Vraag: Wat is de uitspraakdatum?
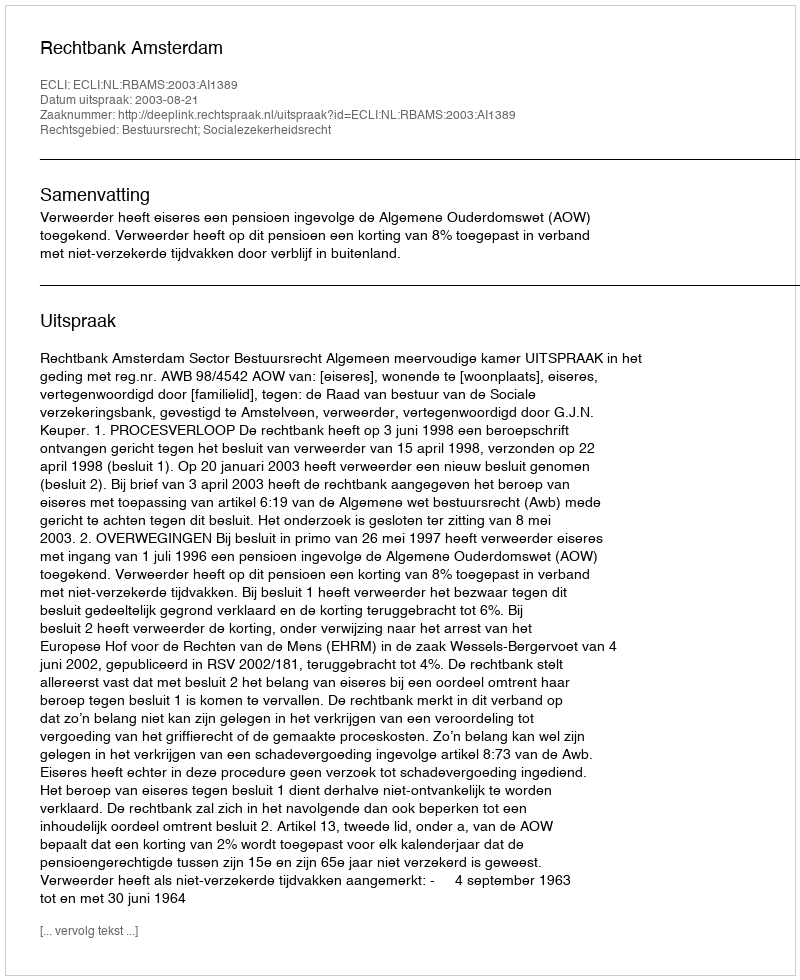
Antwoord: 2003-08-21